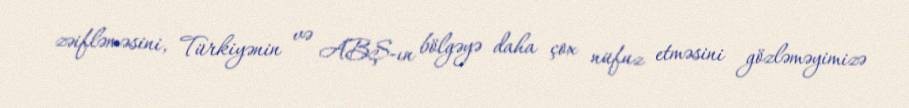
zəifləməsini, Türkiyənin və ABŞ-ın bölgəyə daha çox nüfuz etməsini gözləməyimizə